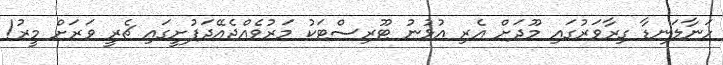
ހަނާލަނޑާ ގިރާވަރުގައި މޫދަށް އެރި އުޅުނު ޓޫރިސްޓަކު މަރުވެއްޖެއޭދަފުށީގައި ޗެރީ ވަރަށް މީރު!